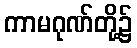
ကာမဂုဏ်တို့၌